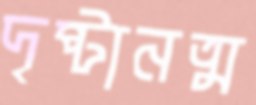
দৃষ্টানত্ম